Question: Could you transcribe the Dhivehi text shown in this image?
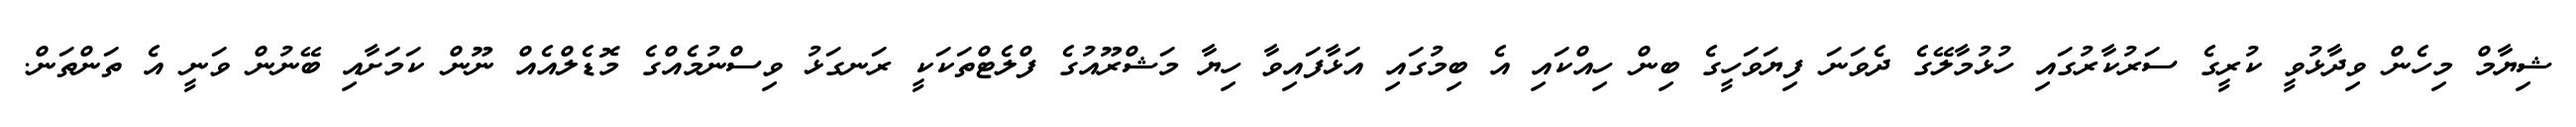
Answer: ޝިޔާމް މިހެން ވިދާޅުވީ ކުރީގެ ސަރުކާރުގައި ހުޅުމާލޭގެ ދެވަނަ ފިޔަވަހީގެ ބިން ހިއްކައި އެ ބިމުގައި އަޅާފައިވާ ހިޔާ މަޝްރޫއުގެ ފްލެޓްތަކަކީ ރަނގަޅު ވިސްނުމެއްގެ މޮޑެލްއެއް ނޫން ކަމަށާއި ބޭނުން ވަނީ އެ ތަންތަން.